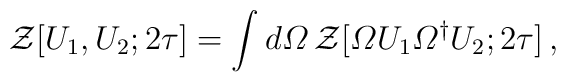
{\cal Z} [U_1, U_2 ; 2 \tau]=\int d {\mit\Omega} \,{\cal Z} [ {\mit\Omega} U_1 {\mit\Omega}^\dagger U_2 ; 2 \tau ]\, ,